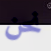
نحن